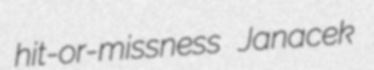
hit-or-missness Janacek